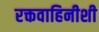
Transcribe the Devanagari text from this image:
रक्तवाहिनीशी